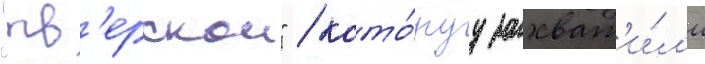
"тв'ерскои" / кото́руу захват'и́л'и